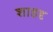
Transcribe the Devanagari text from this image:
शाहदृ